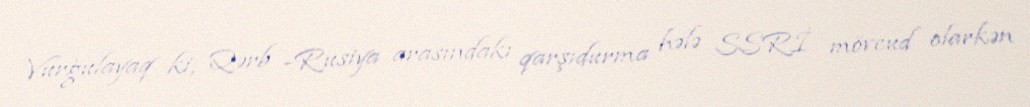
Vurğulayaq ki, Qərb -Rusiya arasındakı qarşıdurma hələ SSRİ mövcud olarkən